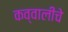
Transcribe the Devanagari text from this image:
कव्वालीचे